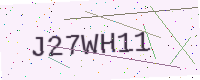
Text: J27WH11